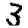
Digit: 3